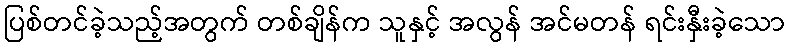
ပြစ်တင်ခဲ့သည့်အတွက် တစ်ချိန်က သူနှင့် အလွန် အင်မတန် ရင်းနှီးခဲ့သော